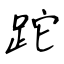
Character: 跎